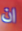
ان